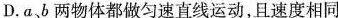
D.a、b两物体都做匀速直线运动，且速度相同